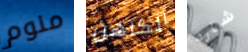
منوم الكاهن شارد